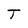
Character: T